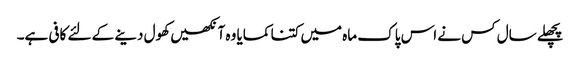
پچھلے سال کس نے اس پاک ماہ میں کتنا کمایا وہ آنکھیں کھول دینے کے لئے کافی ہے۔